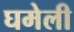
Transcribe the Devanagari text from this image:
घमेली